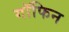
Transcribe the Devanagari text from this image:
गॉफिन